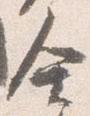
舎